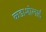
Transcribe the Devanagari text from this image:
कडाशोलाई